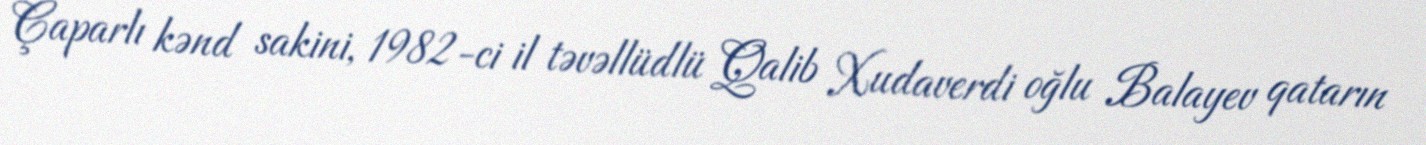
Çaparlı kənd sakini, 1982-ci il təvəllüdlü Qalib Xudaverdi oğlu Balayev qatarın